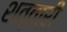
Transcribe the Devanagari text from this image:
शत्तारी